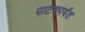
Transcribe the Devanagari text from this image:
पाटणपर्यंत